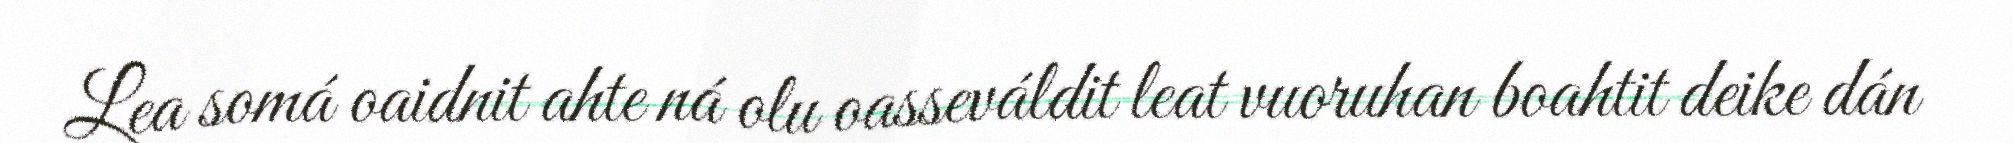
Lea somá oaidnit ahte ná olu oasseváldit leat vuoruhan boahtit deike dán